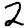
Digit: 2